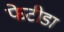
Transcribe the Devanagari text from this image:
फेटीडा